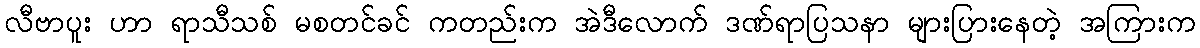
လီဗာပူး ဟာ ရာသီသစ် မစတင်ခင် ကတည်းက အဲဒီလောက် ဒဏ်ရာပြသနာ များပြားနေတဲ့ အကြားက